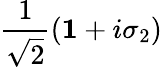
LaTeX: \frac{1}{\sqrt{2}}\left({\mathbf 1}+i\sigma_{2}\right)